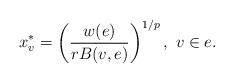
LaTeX: \begin{align*}x_v^*=\left(\frac{w(e)}{rB(v,e)}\right)^{1/p},\ v\in e. \end{align*}